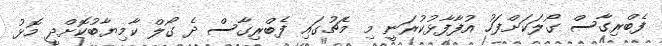
ފެބްރިގާސް ގޯލަކަށްފަހު އުފާފާޅުކުރަނީ މި މެޗުގައި ފެބްރިގާސް ދެ ގޯލް ކާމިޔާބުކޮށްދީ މޮޅު